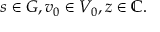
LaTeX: s \in G , v _ { 0 } \in V _ { 0 } , z \in \mathbb { C } .